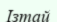
Ізтай